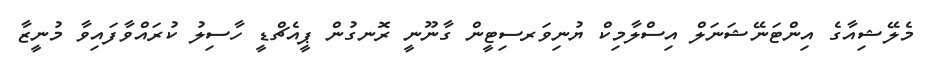
މެލޭޝިއާގެ އިންޓަނޭޝަނަލް އިސްލާމިކް ޔުނިވަރސިޓީން ގާނޫނީ ރޮނގުން ޕީއެޗްޑީ ހާސިލު ކުރައްވާފައިވާ މުނީޒާ